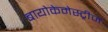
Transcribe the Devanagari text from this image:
बायोकेमेस्ट्रीज